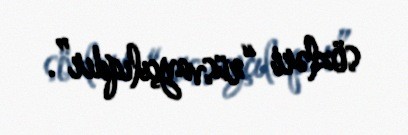
sözləri “rüsvayçılıqdır”.